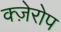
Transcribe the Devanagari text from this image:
क्ज़ेरोप